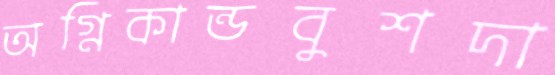
অগ্নিকান্ডবুশদা